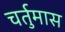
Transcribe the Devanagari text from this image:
चर्तुमास